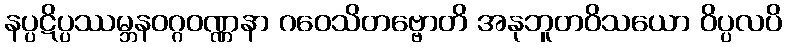
နပ္ပဋိပ္ပဿမ္ဘနဝဂ္ဂဝဏ္ဏနာ ဂဝေသိတဗ္ဗောတိ အနုဘူတဝိသယော ဝိပ္ပလပိ